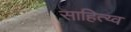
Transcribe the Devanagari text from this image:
साहित्य्व